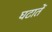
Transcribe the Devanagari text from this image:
घटातें